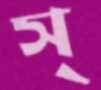
স্